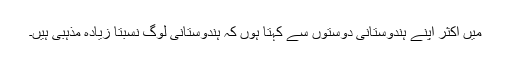
میں اکثر اپنے ہندوستانی دوستوں سے کہتا ہوں کہ ہندوستانی لوگ نسبتاً زیادہ مذہبی ہیں۔